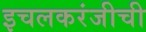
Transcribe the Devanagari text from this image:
इचलकरंजीची